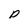
Character: p